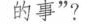
的事”?